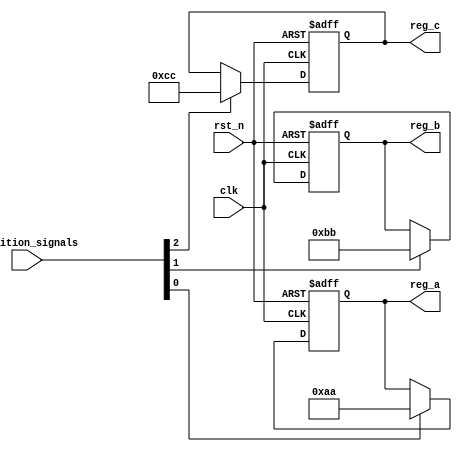
module ConditionalInitialization(
    input wire clk,                     // Clock signal
    input wire rst_n,                  // Active low reset
    input wire [3:0] condition_signals, // Condition signals (4 conditions)
    output reg [7:0] reg_a,            // Example register A
    output reg [7:0] reg_b,            // Example register B
    output reg [7:0] reg_c             // Example register C
);

    // Initializing registers with default values
    initial begin
        reg_a = 8'h00;
        reg_b = 8'h00;
        reg_c = 8'h00;
    end

    // Synchronous reset with condition check
    always @(posedge clk or negedge rst_n) begin
        if (!rst_n) begin
            // Reset state
            reg_a <= 8'h00;  // Default value for reg_a
            reg_b <= 8'h00;  // Default value for reg_b
            reg_c <= 8'h00;  // Default value for reg_c
        end else begin
            // Check conditions to initialize registers
            if (condition_signals[0]) begin
                reg_a <= 8'hAA;  // Custom initial value for reg_a
            end
            if (condition_signals[1]) begin
                reg_b <= 8'hBB;  // Custom initial value for reg_b
            end
            if (condition_signals[2]) begin
                reg_c <= 8'hCC;  // Custom initial value for reg_c
            end
            // (You can add more conditions as needed)
        end
    end

endmodule